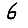
Digit: 6